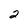
Character: 2